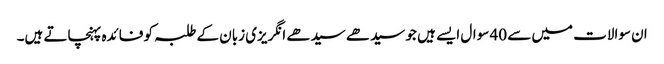
ان سوالات میں سے 40 سوال ایسے ہیں جو سیدھے سیدھے انگریزی زبان کے طلبہ کو فائدہ پہنچاتے ہیں۔